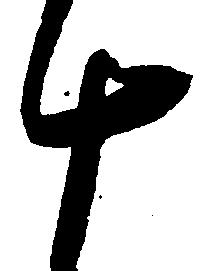
十